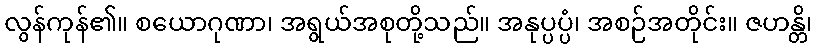
လွန်ကုန်၏။ စယောဂုဏာ၊ အရွယ်အစုတို့သည်။ အနုပ္ပပ္ပံ၊ အစဉ်အတိုင်း။ ဇဟန္တိ၊